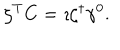
\zeta ^ { T } C = \imath \zeta ^ { \dagger } \gamma ^ { 0 } .